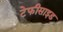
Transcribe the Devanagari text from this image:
टेफीसाइड